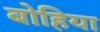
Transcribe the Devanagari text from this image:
बोहिया